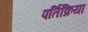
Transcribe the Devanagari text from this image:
पर्तिक्रिया